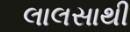
લાલસાથી